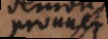
prouver